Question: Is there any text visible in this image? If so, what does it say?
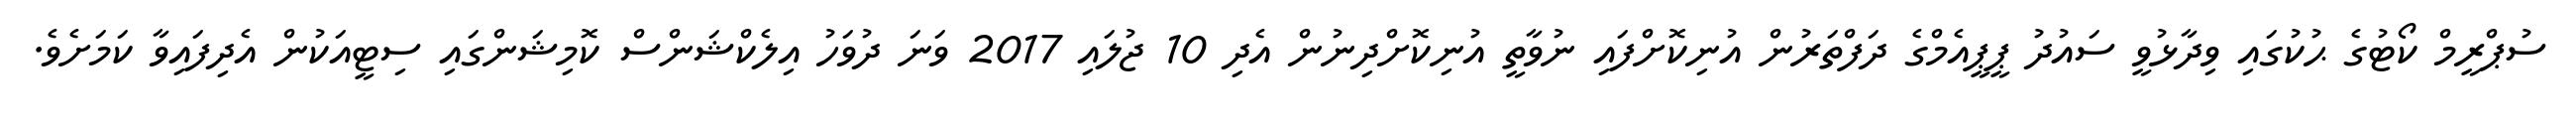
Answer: ސުޕްރީމް ކޯޓުގެ ޙުކުގައި ވިދާޅުވީ ސައުދު ޕީޕީއެމްގެ ދަފްތަރުން އުނިކޮށްފައި ނުވާތީ އުނިކޮށްދިނުން އެދި 10 ޖުލައި 2017 ވަނަ ދުވަހު އިލެކްޝަންސް ކޮމިޝަންގައި ސިޓީއަކުން އެދިފައިވާ ކަމަށެވެ.